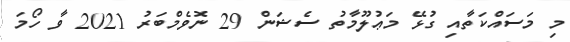
މި މަސައްކަތާއި ގުޅޭ މަޢުލޫމާތު ސެޝަން 29 ނޮވެމްބަރު 2021 ވާ ހޯމަ